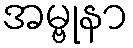
အမ္ဗုနာ